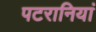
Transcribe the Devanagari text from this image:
पटरानियां